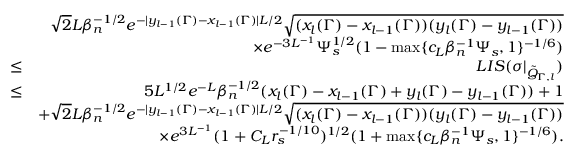
\begin{array} { r l r } & { } & { \sqrt { 2 } L \beta _ { n } ^ { - 1 \slash 2 } e ^ { - | y _ { l - 1 } ( \Gamma ) - x _ { l - 1 } ( \Gamma ) | L \slash 2 } \sqrt { ( x _ { l } ( \Gamma ) - x _ { l - 1 } ( \Gamma ) ) ( y _ { l } ( \Gamma ) - y _ { l - 1 } ( \Gamma ) ) } } \\ & { } & { \times e ^ { - 3 L ^ { - 1 } } \Psi _ { s } ^ { 1 \slash 2 } ( 1 - \operatorname* { m a x } \{ c _ { L } \beta _ { n } ^ { - 1 } \Psi _ { s } , 1 \} ^ { - 1 \slash 6 } ) } \\ & { \leq } & { L I S ( \sigma | _ { \tilde { Q } _ { \Gamma , l } } ) } \\ & { \leq } & { 5 L ^ { 1 \slash 2 } e ^ { - L } \beta _ { n } ^ { - 1 \slash 2 } ( x _ { l } ( \Gamma ) - x _ { l - 1 } ( \Gamma ) + y _ { l } ( \Gamma ) - y _ { l - 1 } ( \Gamma ) ) + 1 } \\ & { } & { + \sqrt { 2 } L \beta _ { n } ^ { - 1 \slash 2 } e ^ { - | y _ { l - 1 } ( \Gamma ) - x _ { l - 1 } ( \Gamma ) | L \slash 2 } \sqrt { ( x _ { l } ( \Gamma ) - x _ { l - 1 } ( \Gamma ) ) ( y _ { l } ( \Gamma ) - y _ { l - 1 } ( \Gamma ) ) } } \\ & { } & { \quad \times e ^ { 3 L ^ { - 1 } } ( 1 + C _ { L } r _ { s } ^ { - 1 \slash 1 0 } ) ^ { 1 \slash 2 } ( 1 + \operatorname* { m a x } \{ c _ { L } \beta _ { n } ^ { - 1 } \Psi _ { s } , 1 \} ^ { - 1 \slash 6 } ) . } \end{array}